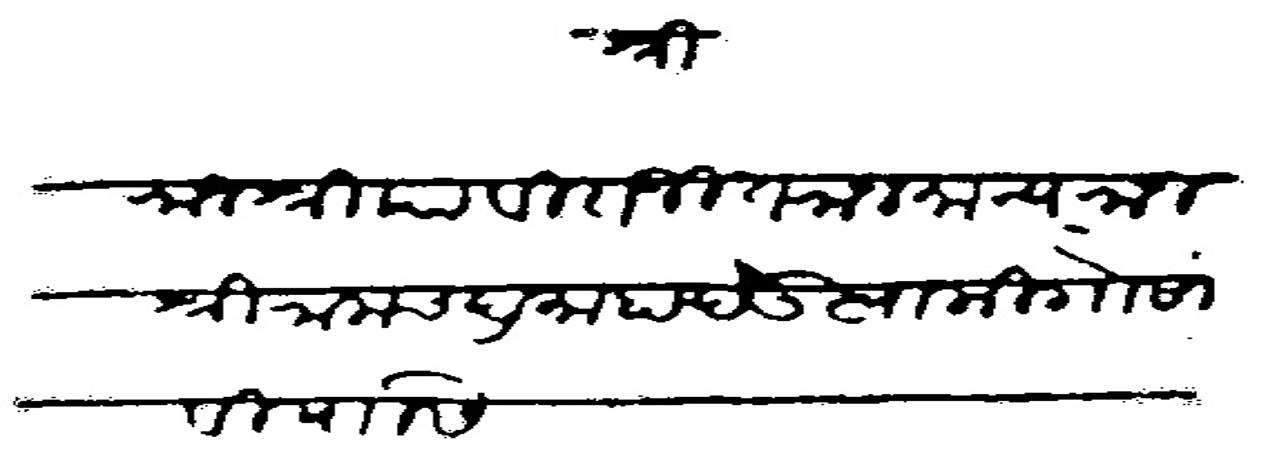
Transliteration (Devanagari): श्री राजश्रीया विराजीत राजमान्य राजश्री रामचंद्र माहादेऊ स्वामी गोसावी यांसी